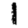
Digit: 1